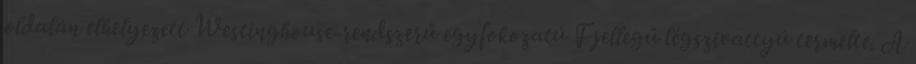
oldalán elhelyezett Westinghouse-rendszerű egyfokozatú F jellegű légszivattyú termelte. A